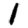
Digit: 1